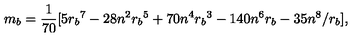
m _ { b } = { \frac { 1 } { 7 0 } } [ 5 { r _ { b } } ^ { 7 } - 2 8 n ^ { 2 } { r _ { b } } ^ { 5 } + 7 0 n ^ { 4 } { r _ { b } } ^ { 3 } - 1 4 0 n ^ { 6 } { r _ { b } } - 3 5 n ^ { 8 } / r _ { b } ] ,